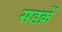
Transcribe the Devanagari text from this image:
सडक़ें